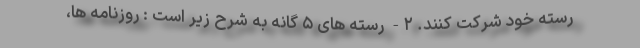
رسته خود شرکت کنند. ۲- رسته های‌ ۵ گانه به شرح زیر است : روزنامه ها،